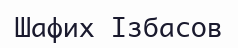
Шафих Ізбасов